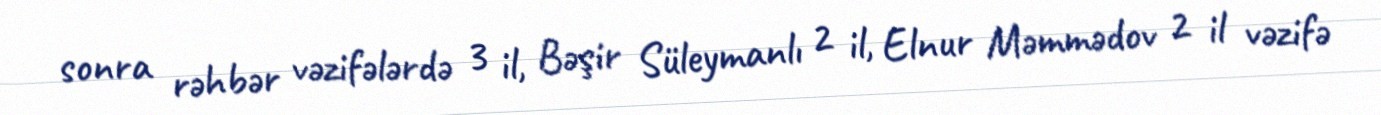
sonra rəhbər vəzifələrdə 3 il, Bəşir Süleymanlı 2 il, Elnur Məmmədov 2 il vəzifə